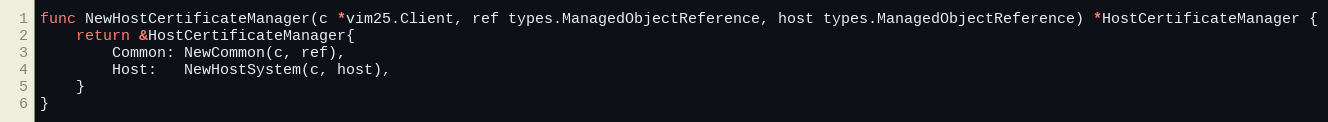
Language: Go
func NewHostCertificateManager(c *vim25.Client, ref types.ManagedObjectReference, host types.ManagedObjectReference) *HostCertificateManager {
	return &HostCertificateManager{
		Common: NewCommon(c, ref),
		Host:   NewHostSystem(c, host),
	}
}